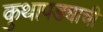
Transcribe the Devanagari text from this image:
कुथापड्याची